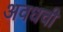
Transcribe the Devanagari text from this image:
अवधची